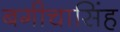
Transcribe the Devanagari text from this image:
बगीचासिंह